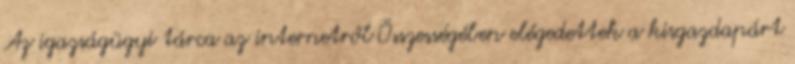
Az igazságügyi tárca az internetről Összességében elégedettek a kisgazdapárt